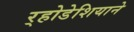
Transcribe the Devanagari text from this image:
र्‍होडेशियाने